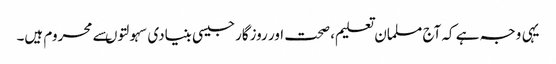
یہی وجہ ہے کہ آج مسلمان تعلیم، صحت اور روزگارجیسی بنیادی سہولتوںسے محروم ہیں۔